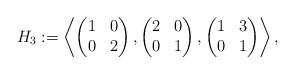
LaTeX: \begin{align*}H_3 :=\left \langle\begin{pmatrix} 1 & 0 \\ 0 & 2 \end{pmatrix},\begin{pmatrix} 2 & 0 \\ 0 & 1 \end{pmatrix},\begin{pmatrix} 1 & 3 \\ 0 & 1 \end{pmatrix}\right \rangle,\end{align*}